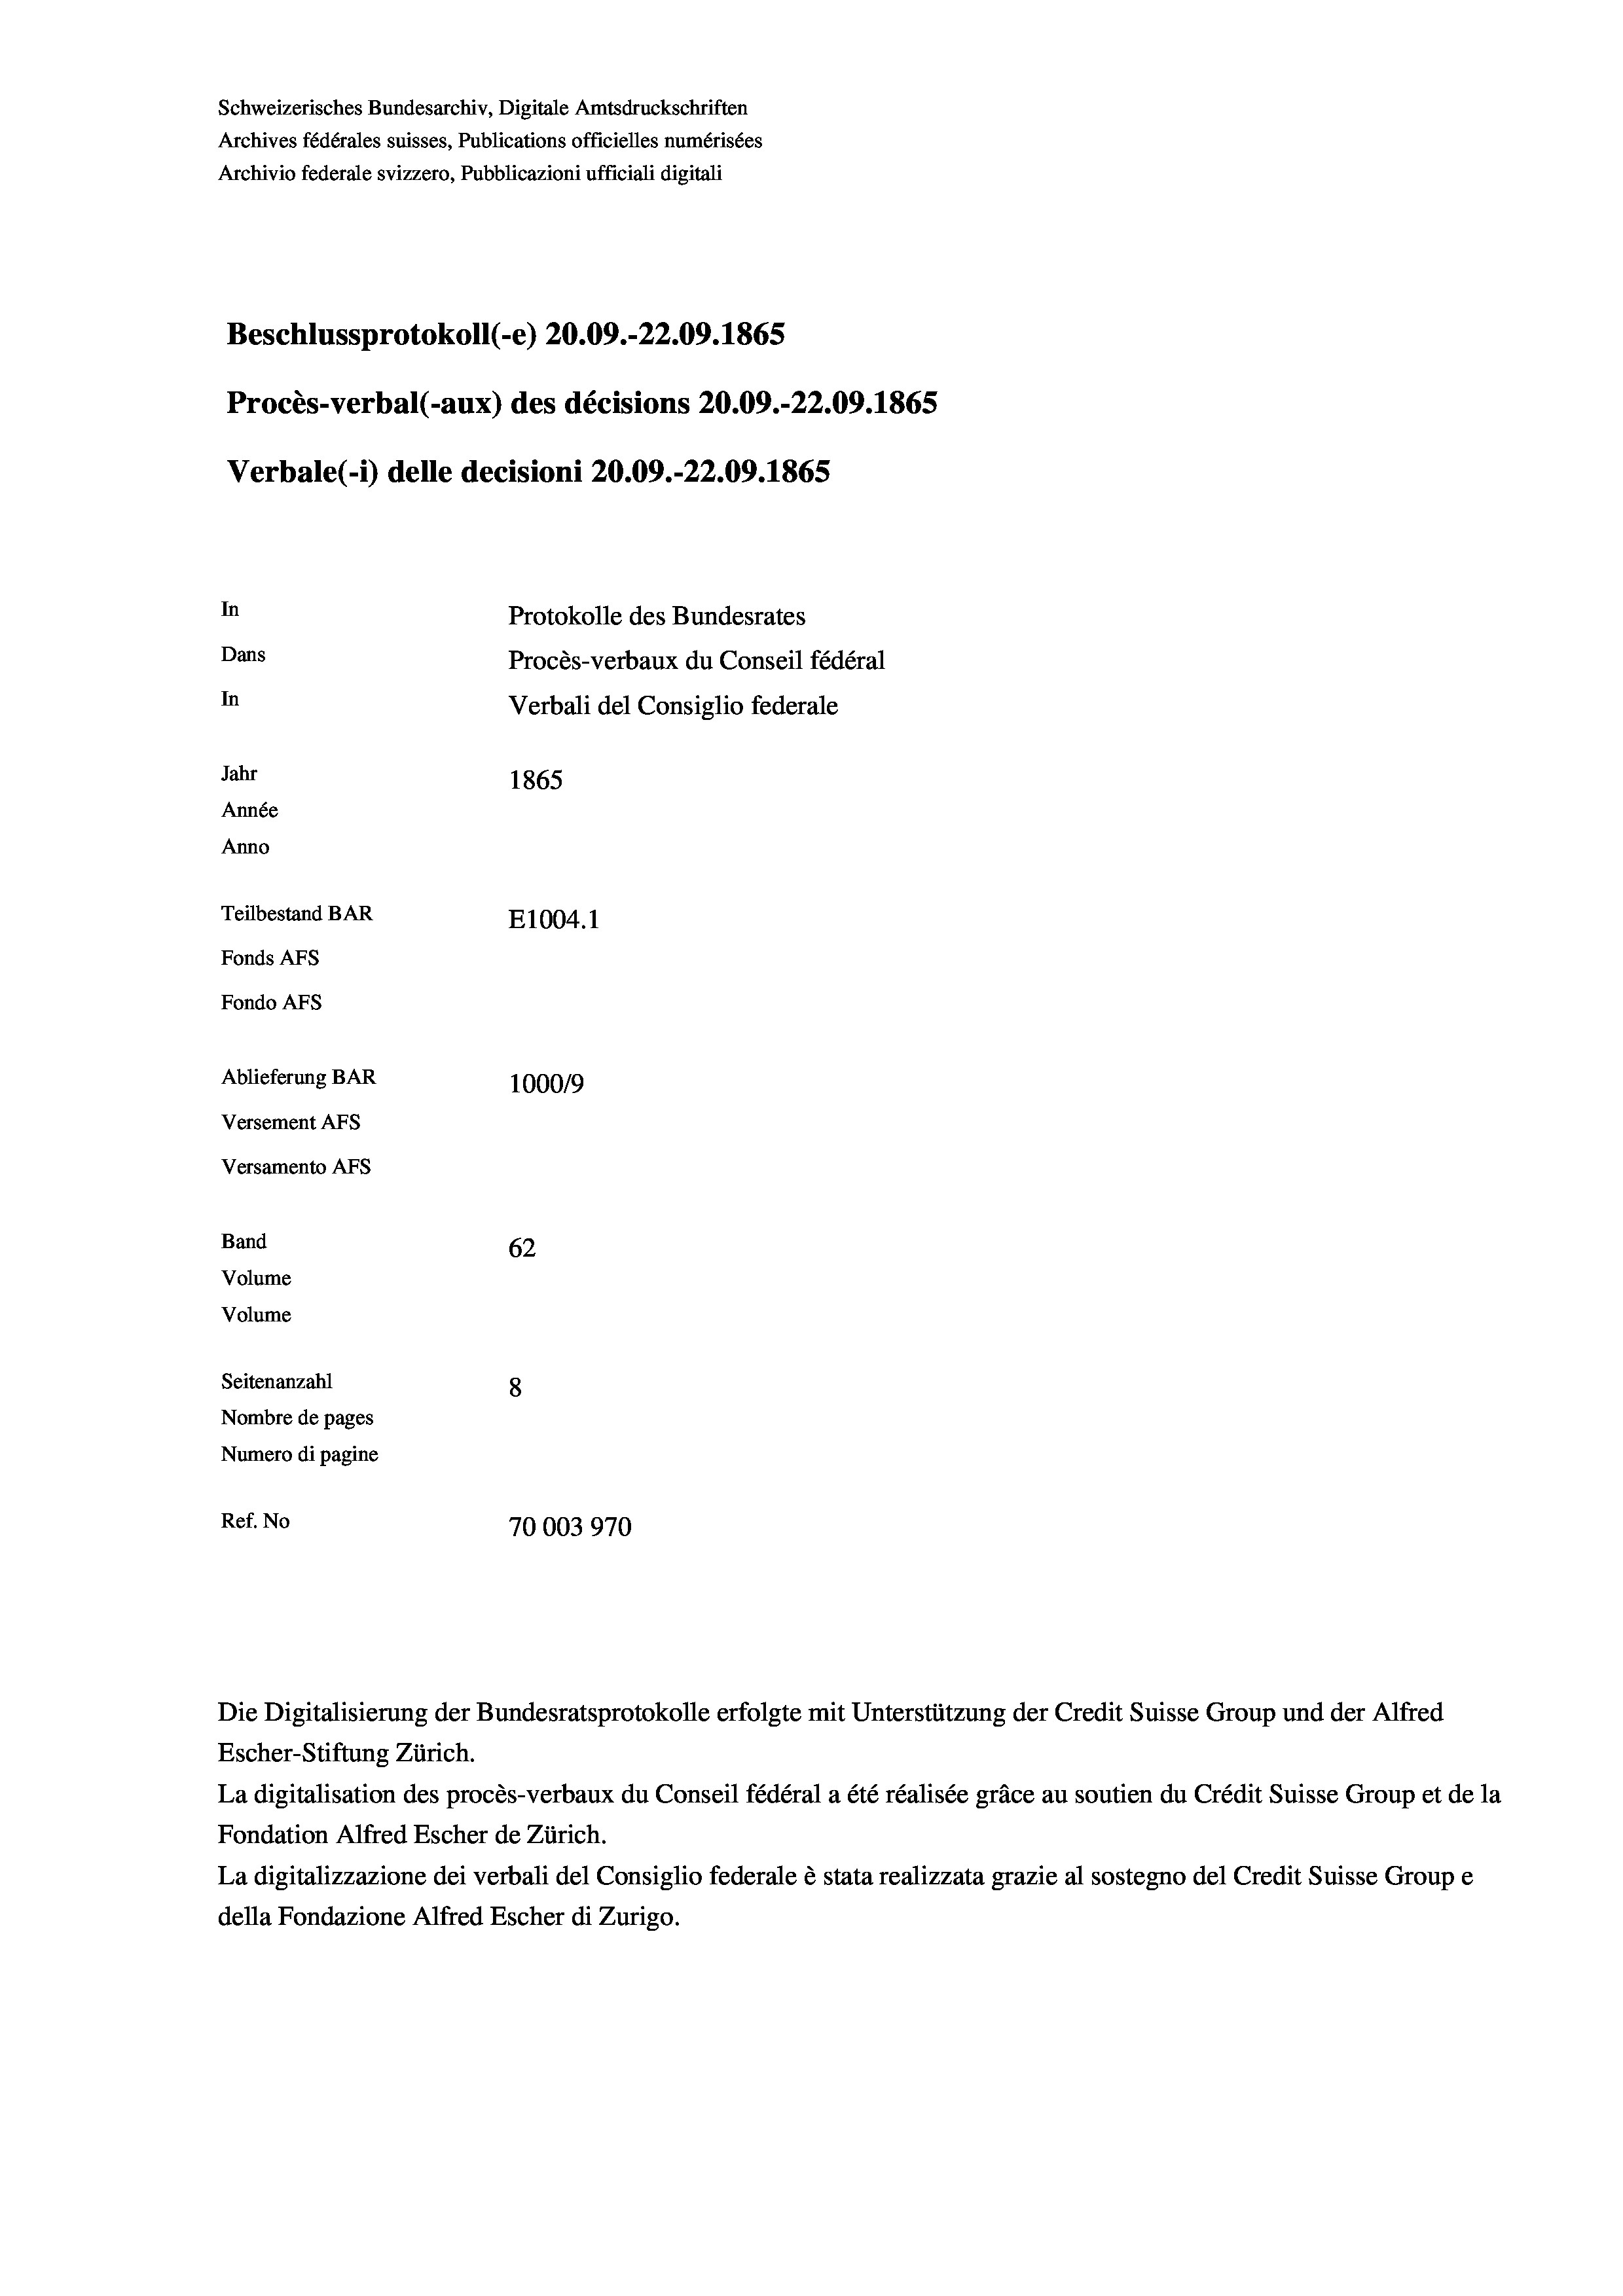
Schweizerisches Bundesarchiv, Digitale Amtsdruckschriften
Archives fédérales suisses, Publications officielles numérisées
Archivio federale svizzero, Pubblicazioni ufficiali digitali
Beschlussprotokoll (-e) 20.09.-22.09. 1865
Procès-verbal (-aux) des décisions 20.09.-22.09. 1865
Verbale (i) delle decisioni 20.09.-22.09. 1865
In
Protokolle des Bundesrates
Dans
Procès-verbaux du Conseil fédéral
In
Verbali del Consiglio federale
Jahr
1865
Année
Anno
Teilbestand BAR
E1004.1
Fonds AFs
Fondo Afs
Ablieferung BAR
100019
Versement AFs
Versamento AFs

62
8
Nombre de pages
Numero di pagine
Ref. No
70003970

Band
Volume
Volume

Seitenanzahl

Escher-Stiftung Zürich.
La digitalisation des procès-verbaux du Conseil fédéral a été réalisée gräce au soutien du Crédit Suisse Group et de la
Fondation Alfred Escher de Zürich.
La digitalizzazione dei verbali del Consiglio federale è stata realizzata grazie al sostegno del Credit Suisse Groupe
della Fondazione Alfred Escher di Zurigo.

Die Digitalisierung der Bundesratsprotokolle erfolgte mit Unterstützung der Credit Suisse Group und der Alfred